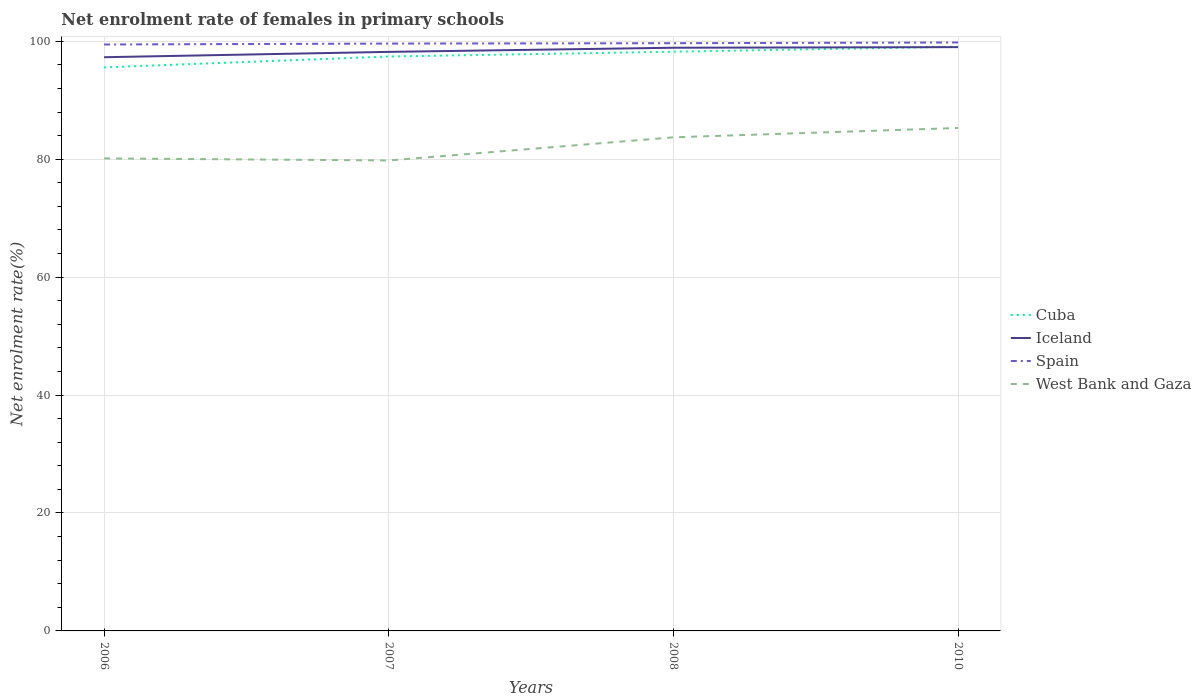
| Years | Cuba | Iceland | Spain | West Bank and Gaza |
 | --- | --- | --- | --- | --- |
 | 2006 | 95.6 | 97.3 | 99.5 | 80.1 |
 | 2007 | 97.4 | 98.2 | 99.6 | 79.8 |
 | 2008 | 98.2 | 98.9 | 99.7 | 83.7 |
 | 2010 | 99.1 | 99 | 99.8 | 85.3 |